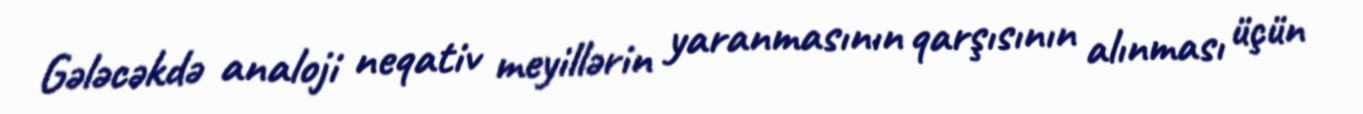
Gələcəkdə analoji neqativ meyillərin yaranmasının qarşısının alınması üçün